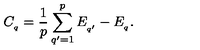
C _ { _ { q } } = \frac { 1 } { p } \sum _ { q ^ { \prime } = 1 } ^ { p } E _ { _ { q ^ { \prime } } } - E _ { _ { q } } .